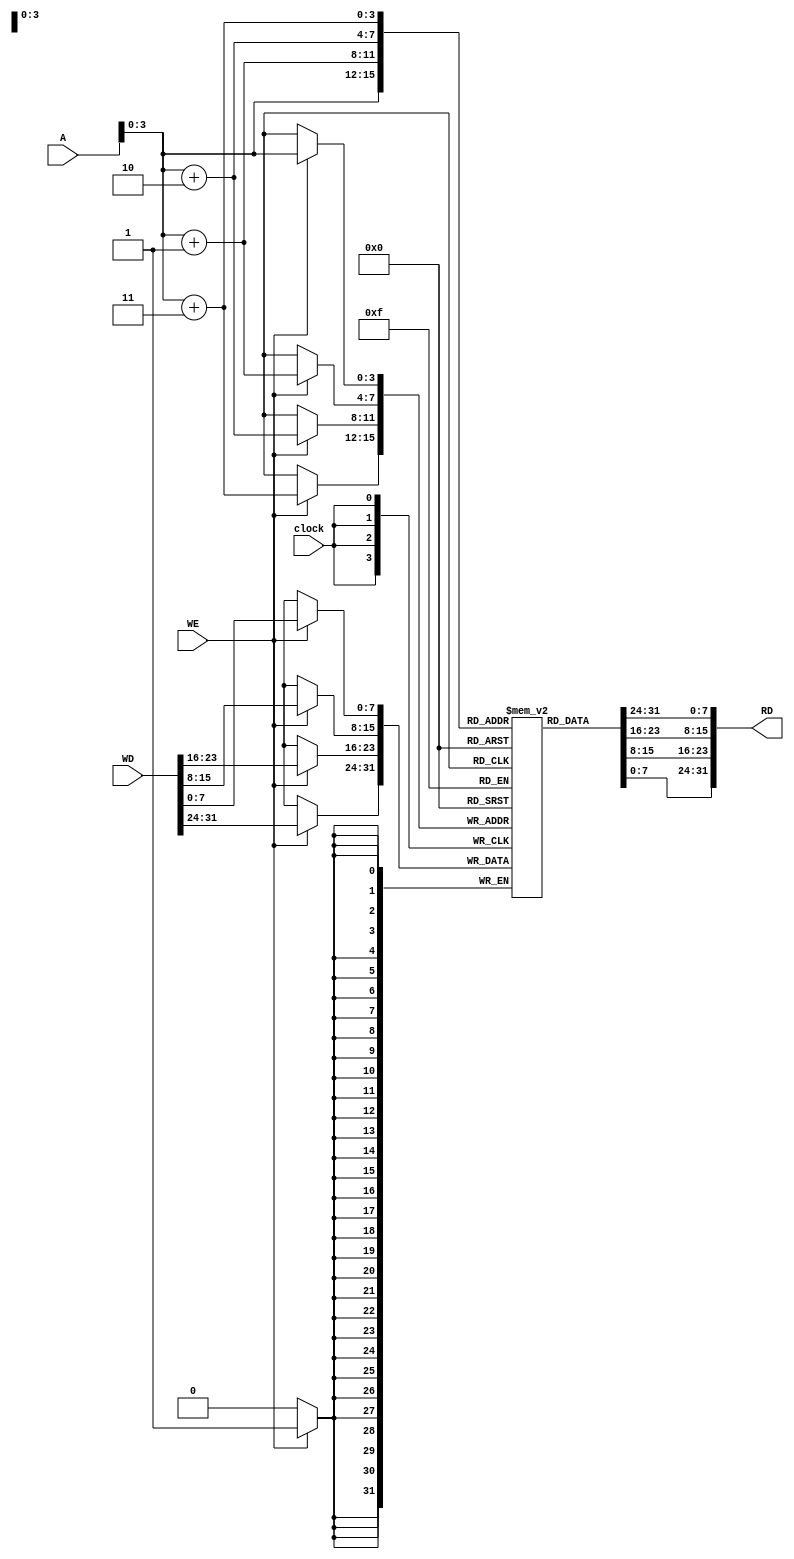
module DATA_MEMORY(
input clock,
input WE,
input [31:0] WD,
input [31:0] A,
output [31:0] RD
);

reg [7:0] Memory [15:0];
//read operation is combinational.
assign RD = {Memory[A+3],Memory[A+2],Memory[A+1],Memory[A]};

initial
begin
Memory[0] = 8'b0;
Memory[1] = 8'b0;
Memory[2] = 8'b0;
Memory[3] = 8'b0;
Memory[4] = 8'b1;
Memory[5] = 8'b0;
Memory[6] = 8'b0;
Memory[7] = 8'b0;
Memory[8] = 8'b10;
Memory[9] = 8'b0;
Memory[10] = 8'b0;
Memory[11] = 8'b0;
Memory[12] = 8'b11;
Memory[13] = 8'b10;
Memory[14] = 8'b0;
Memory[15] = 8'b0;
end


always @(posedge clock) // write operation is sequential
begin
if(WE)
	{Memory[A+3],Memory[A+2],Memory[A+1],Memory[A]} <= WD;
end

endmodule